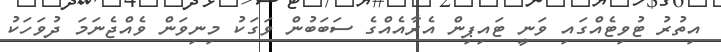
އިތުރު ޓުވިޓެއްގައި ވަނީ ޓައިޕިން އެރާއެއްގެ ސަބަބުން ވަގަކު މިނިވަން ވެއްޖެނަމަ ދުވަހަކު